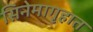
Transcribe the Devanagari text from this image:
सिनेमागृहात